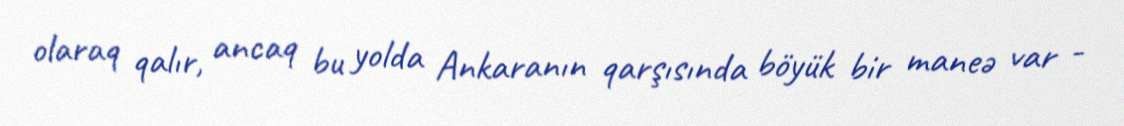
olaraq qalır, ancaq bu yolda Ankaranın qarşısında böyük bir maneə var -